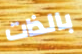
بالذات